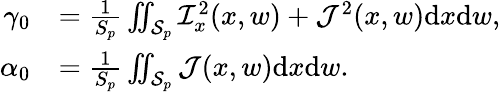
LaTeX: \begin{array}{rl}{\gamma_{0}}&{=\frac{1}{S_{p}}\iint_{\mathcal{S}_{p}}\mathcal{I}_{x}^{2}(x,w)+\mathcal{J}^{2}(x,w)\mathrm{d}x\mathrm{d}w,}\\ {\alpha_{0}}&{=\frac{1}{S_{p}}\iint_{\mathcal{S}_{p}}\mathcal{J}(x,w)\mathrm{d}x\mathrm{d}w.}\end{array}